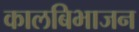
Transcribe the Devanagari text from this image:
कालबिभाजन